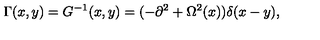
\Gamma ( x , y ) = G ^ { - 1 } ( x , y ) = ( - \partial ^ { 2 } + \Omega ^ { 2 } ( x ) ) \delta ( x - y ) ,